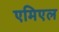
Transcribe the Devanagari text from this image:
एमिएल